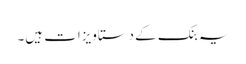
یہ بنک کے دستاویزات ہیں۔